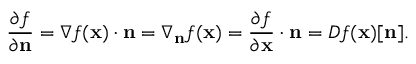
{ \frac { \partial f } { \partial \mathbf { n } } } = \nabla f ( \mathbf { x } ) \cdot \mathbf { n } = \nabla _ { \mathbf { n } } { f } ( \mathbf { x } ) = { \frac { \partial f } { \partial \mathbf { x } } } \cdot \mathbf { n } = D f ( \mathbf { x } ) [ \mathbf { n } ] .